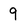
Character: 9